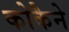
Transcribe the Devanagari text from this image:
कोकैने